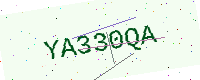
Text: YA330QA